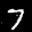
Label: 7